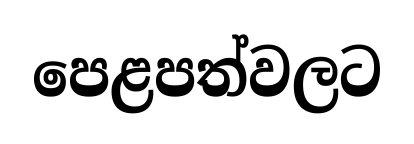
පෙළපත්වලට